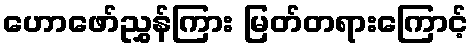
ဟောဖော်ညွှန်ကြား မြတ်တရားကြောင့်